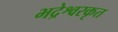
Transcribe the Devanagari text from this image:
भद्रेश्वरकृत